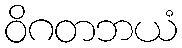
ဝိဂတဘယံ